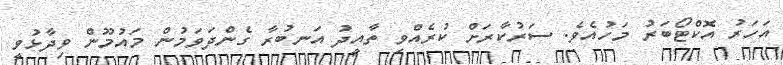
އަހަރު އޮކްޓޯބަރު މަހުއެވެ. ސަރުކާރަށް ކުރެއްވި ތާއީދު އަނބުރާ ގެންދަވަމުން މައުމޫން ވިދާޅުވީ